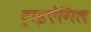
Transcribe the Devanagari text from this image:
ट्राइऐंगिल